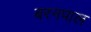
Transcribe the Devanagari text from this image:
बरनपाल